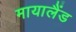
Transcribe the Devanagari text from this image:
मायालैंड